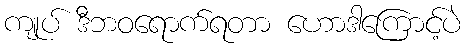
ကျုပ် ဒီဘဝရောက်ရတာ ဟောဒါကြောင့်ပဲ